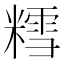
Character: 𫟀